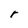
Character: r